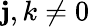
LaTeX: \mathbf{j},k\neq0